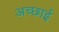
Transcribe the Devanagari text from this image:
अच्‍छाई